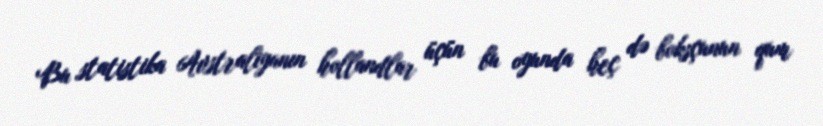
Bu statistika Avstraliyanın hollandlar üçün bu oyunda heç də boksçunun qum